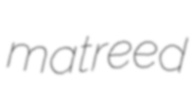
matreed